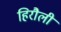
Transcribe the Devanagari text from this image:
हिरौली